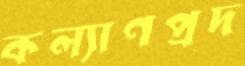
কল্যাণপ্রদ